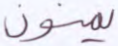
يمنون